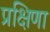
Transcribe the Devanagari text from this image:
प्रक्षिणा